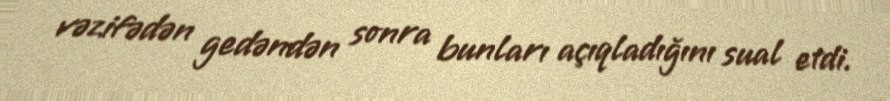
vəzifədən gedəndən sonra bunları açıqladığını sual etdi.